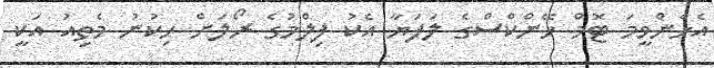
އެހެންވީމަ ޓޮމް ހޭންކްސްގެ ލަފަޔާ އެކު ފިލްމުގެ ރޯލަށް ހިކުނު މެތިއު އަކީ